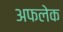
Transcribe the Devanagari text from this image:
अफलेक